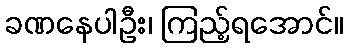
ခဏနေပါဦး၊ ကြည့်ရအောင်။